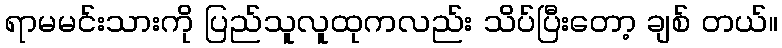
ရာမမင်းသားကို ပြည်သူလူထုကလည်း သိပ်ပြီးတော့ ချစ် တယ်။